Report on vaccination in Madras 1904-1921 - 1904-1921
Year: 1904
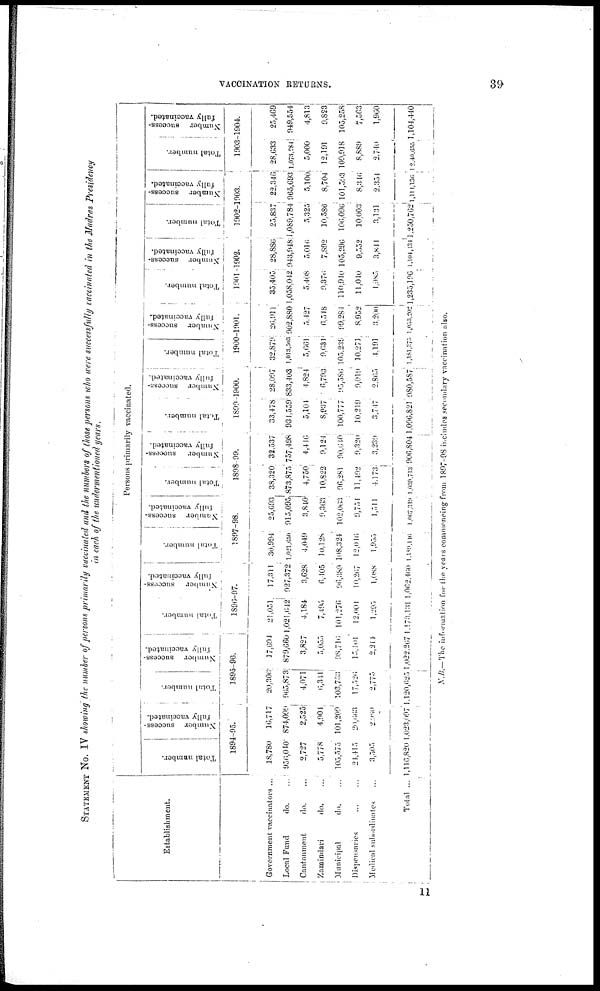
VACCINATION RETURNS.
39
STATEMENT No. IV showing the number of persons primarily vaccinated and the numbers of those persons who were successfully vaccinated in the Madras Presidency
in each of the undermentioned years.
Establishment.
Government vaccinators ...
Local Fund
do.
Cantonment
do. ...
Zamindari
do.
Municipal
do. ...
Dispensaries... ...
Medical subordinate...
Total ...
Persons primarily vaccinated.
Total number.
Number success-
fully vaccinated.
1894-95.
18,780
950,040
2,727
5,778
105,575
21,415
3,303
1,116,820
10,717
874,099
2,525
4,901
101,209
20,663
2,980
1,023,097
Total number.
Number success-
fully vaccinated.
1895-96.
20,306
005,873
4,071
6,341
103,733
17,526
2,775
1,120,625
17,694
879,660
3,827
5,055
98,716
13,101
2,214
1,022,267
Total number.
Number success-
fully vaccinated.
1896-97.
21,051
1,021,042
4,184
7,495
101,270
12,001
1,295
173,131
17,311
027,372
3,628
6,405
96,389
10,267
1,088
1,062,460
Total number.
Number success-
fully vaccinated.
1897-98.
30,994
l,021,650
4,049
10,128
108,324
12,016
1,955
l,l80,446
25,693
015,095
3,840
9,363
102,063
9,731
1,511
1,067,319
Total number.
Number success-
fully vaccinated.
1898-99.
38,320.
873,875
4,750
10,822
96,281
11,492
4,173
1,039,713
32,537
757,498
4,416
9,124
90,640
9,320
3,239
906,804
Total number.
Number success-
fully vaccinated.
1899-1900.
33,478
931,559
5,104
9,937
100,777
10,219
3,747
1,096,821
28,097
833,403
4,824
6,793
95,386
9,019
2,865
980,587
Total number.
Number success-
fully vaccinated.
1900-1901.
32,870
1,013,503
5,661
9,631
103,239
10,271
4191
l,181,375
20,011
902,880
5,427
6,518
99,284
8,952
3,200
l, 053, 202
Total number.
Number success-
fully vaccinated.
1901-1902.
35,405.
1,058,042
5,408
9,376
110,910
11,010
l,985
1,235,196
28,880
943,948
5,016
7,892
105,296
9,332
3,841
1,104,134
Total number.
Number success-
fully vaccinated.
1902-1903.
25,837
1,089,784
5,325
10,586
106,096
10,003
3,131
1,250,762
22,346
965,693
5,100
8,704
101,593
8,346
2,354
1,111,736
Total number.
Number success-
fully vaccinated.
1903-1904.
28,633
1,073,584
5,000
12,191
109,918
8,889
2,740
12,40,655
25,469
949,554
4,813
9,823
103,258
7,563
1,960
1,104,440
N.B.—The information for the. years commencing from 1897-98 includes secondary vaccination also.
11